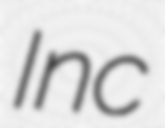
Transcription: Inc